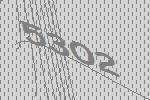
5302